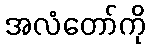
အလံတော်ကို